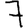
Digit: 7